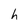
Character: h